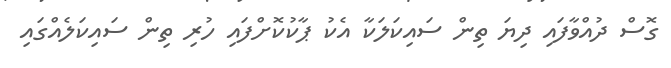
ގޮސް ދުއްވާފައި ދިޔަ ތިން ސައިކަލަކާ އެކު ޕާކުކޮށްފައި ހުރި ތިން ސައިކަލެއްގައި